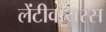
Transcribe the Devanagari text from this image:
लेंटीवायरस